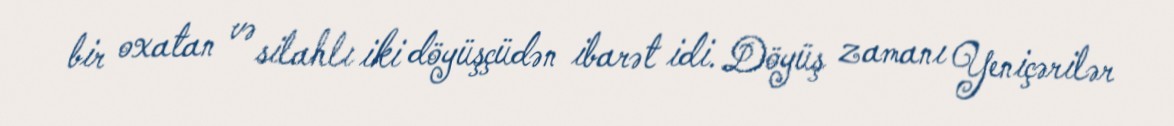
bir oxatan və silahlı iki döyüşçüdən ibarət idi. Döyüş zamanı Yeniçərilər